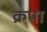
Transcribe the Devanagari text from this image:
क्रपा